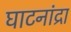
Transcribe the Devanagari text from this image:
घाटनांद्रा